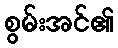
စွမ်းအင်၏